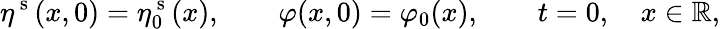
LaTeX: \eta^{\mathrm{~s~}}(x,0)=\eta_{0}^{\mathrm{~s~}}(x),\qquad\varphi(x,0)=\varphi_{0}(x),\qquad t=0,\quad x\in\mathbb{R},